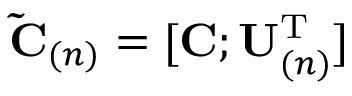
\mathbf { \tilde { C } } _ { ( n ) } = [ \mathbf { C } ; \mathbf { U } _ { ( n ) } ^ { \mathrm { T } } ]